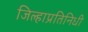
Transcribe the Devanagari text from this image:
जिल्हाप्रतिनिधी